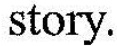
story.